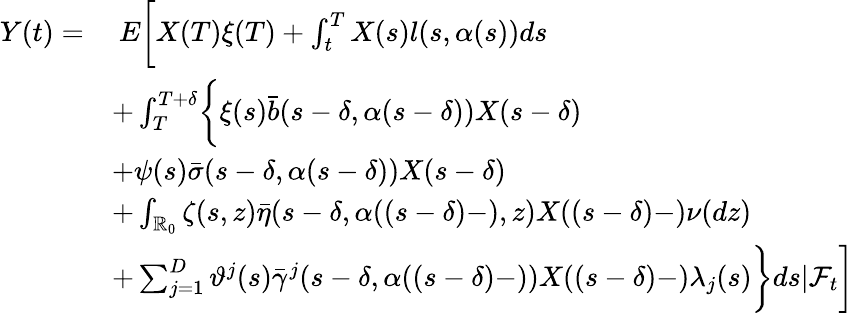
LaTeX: \begin{array}{rl}{Y(t)=}&{\ E\biggl[X(T)\xi(T)+\int_{t}^{T}X(s)l(s,\alpha(s))ds}\\ &{+\int_{T}^{T+\delta}\biggl\{ \xi(s)\bar{b}(s-\delta,\alpha(s-\delta))X(s-\delta)}\\ &{+\psi(s)\bar{\sigma}(s-\delta,\alpha(s-\delta))X(s-\delta)}\\ &{+\int_{\mathbb{R}_{0}}\zeta(s,z)\bar{\eta}(s-\delta,\alpha((s-\delta)-),z)X((s-\delta)-)\nu(dz)}\\ &{+\sum_{j=1}^{D}\vartheta^{j}(s)\bar{\gamma}^{j}(s-\delta,\alpha((s-\delta)-))X((s-\delta)-)\lambda_{j}(s)\biggr\} ds|\mathcal{F}_{t}\biggr]}\end{array}